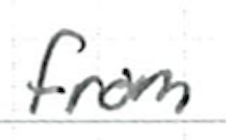
Text: from
Cross-out: clean
Writing tool: ballpoint